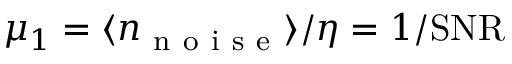
\mu _ { 1 } = \langle n _ { \mathrm { ~ n ~ o ~ i ~ s ~ e ~ } } \rangle / \eta = 1 / \mathrm { S N R }